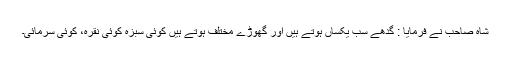
شاہ صاحب نے فرمایا : گدھے سب یکساں ہوتے ہیں اور گھوڑے مختلف ہوتے ہیں کوئی سبزہ کوئی نقرہ، کوئی سرمائی۔